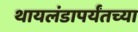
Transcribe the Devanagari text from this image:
थायलंडापर्यंतच्या